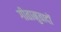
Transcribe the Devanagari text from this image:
गीतानुवादों